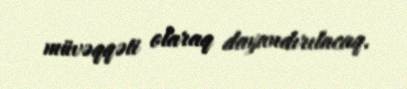
müvəqqəti olaraq dayandırılacaq.